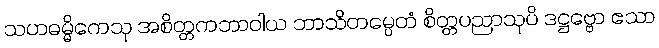
သဟဓမ္မိကေသု အစိတ္တကဘာဝါယ ဘာသိတမ္ပေတံ စိတ္တပညာသုပိ ဒဋ္ဌဗ္ဗော ဧသာ